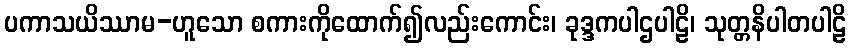
ပကာသယိဿာမ-ဟူသော စကားကိုထောက်၍လည်းကောင်း၊ ခုဒ္ဒကပါဌပါဠိ၊ သုတ္တနိပါတပါဠိ